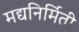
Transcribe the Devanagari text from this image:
मद्यनिर्मिती